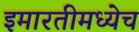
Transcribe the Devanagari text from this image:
इमारतीमध्येच